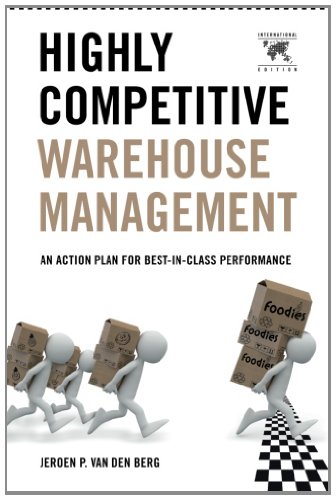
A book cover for Highly Competitive Warehouse Management (International Edition): An Action Plan for Best-in-Class Performance; Jeroen P. van den Berg; Business & Money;